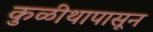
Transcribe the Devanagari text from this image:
कुळीथापासून